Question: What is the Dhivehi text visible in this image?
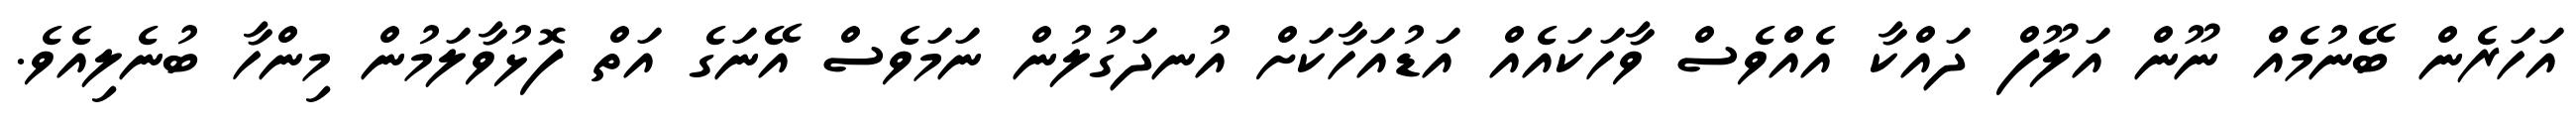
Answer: އަހަރެން ބޭނުމެއް ނޫން އަލޫފް ދައްކާ އެއްވެސް ވާހަކައެއް އަޑުއަހާކަށް އުނދަގުލުން ނަމަވެސް އޭނަގެ އަތް ފޮޅުވާލަމުން މިންހާ ބުނެލިއެވެ.